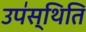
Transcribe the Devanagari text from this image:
उप॑स्थिति